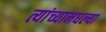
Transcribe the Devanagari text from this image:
त्यांच्यामधल्या